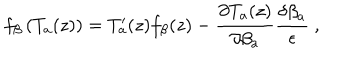
LaTeX: f _ { \beta } \left( T _ { a } ( z ) \right) = T _ { a } ^ { \prime } ( z ) f _ { \beta } ( z ) - \frac { \partial T _ { a } ( z ) } { \partial \beta _ { a } } \frac { \delta \beta _ { a } } { \epsilon } \ ,